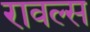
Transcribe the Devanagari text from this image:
रावल्स